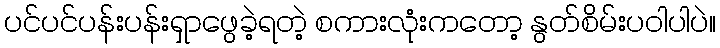
ပင်ပင်ပန်းပန်းရှာဖွေခဲ့ရတဲ့ စကားလုံးကတော့ နွတ်စိမ်းပဝါပါပဲ။